Report of the Indian Hemp Drugs Commission, 1894-1895 - Volume V
Year: 1894
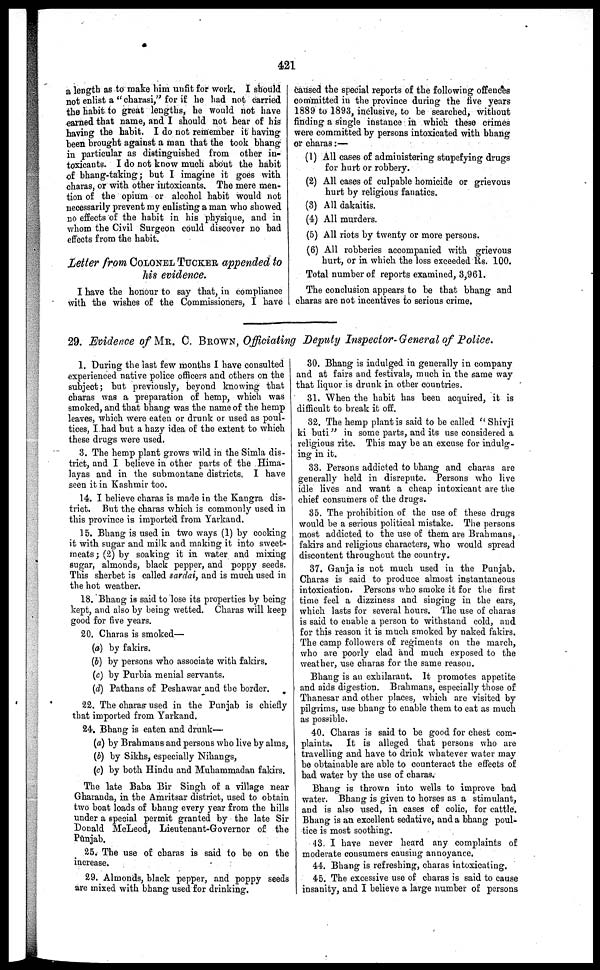
421
a length as to make him unfit for work. I should
not enlist a " charasi," for if he had not carried
the habit to great lengths, he would not have
earned that name, and I should not bear of his
having the habit. I do not remember it having
been brought against a man that the took bhang
in particular as distinguished from other in-
toxicants. I do not know much about the habit
of bhang-taking; but I imagine it goes with
charas, or with other intoxicants. The mere men-
tion of the opium or alcohol habit would not
necessarily prevent my enlisting a man who showed
no effects of the habit in his physique, and in
whom the Civil Surgeon could discover no bad
effects from the habit.
Letter from COLONEL TUCKER appended to
his evidence.
I have the honour to say that, in compliance
with the wishes of the Commissioners, I have
caused the special reports of the following offences
committed in the province during the five years
1889 to 1893, inclusive, to be searched, without
finding a single instance in which these crimes
were committed by persons intoxicated with bhang
or charas:—
(1) All cases of administering stupefying drugs
for hurt or robbery.
(2) All cases of culpable homicide or grievous
hurt by religious fanatics.
(3) All dakaitis.
(4) All murders.
(5) All riots by twenty or more persons.
(6) All robberies accompanied with grievous
hurt, or in which the loss exceeded lis. 100.
Total number of reports examined, 3,961.
The conclusion appears to be that bhang and
charas are not incentives to serious crime.
29. Evidence of MR. C. BROWN, Officiating Deputy Inspector-General of Police.
1. During the last few months 1 have consulted
experienced native police officers and others on the
subject; but previously, beyond knowing that
charas was a preparation of hemp, which was
smoked, and that bhang was the name of the hemp
leaves, which were eaten or drunk or used as poul-
tices, I had but a hazy idea of the extent to which
these drugs were used.
3. The hemp plant grows wild in the Simla dis-
trict, and I believe in other parts of the Hima-
layas and in the submontane districts. I have
seen it in Kashmir too.
14. I believe charas is made in the Kangra dis-
trict. But the charas which is commonly used in
this province is imported from Yarkand.
15. Bhang is used in two ways (1) by cooking
it with sugar and milk and making it into sweet-
meats ; (2) by soaking it in water and mixing
sugar, almonds, black pepper, and poppy seeds.
This sherbet is called sardai, and is much used in
the hot weather.
18. Bhang is said to lose its properties by being
kept, and also by being wetted. Charas will keep
good for five years.
20. Charas is smoked—
(a) by fakirs.
(b) by persons who associate with fakirs.
(c) by Purbia menial servants.
(d) Pathans of Peshawar and the border.
22. The charas used in the Punjab is chiefly
that imported from Yarkand.
24. Bhang is eaten and drunk—
(a) by Brahmans and persons who live by alms,
(b) by Sikhs, especially Nihangs,
(c) by both Hindu and Muhammadan fakirs.
The late Baba Bir Singh of a village near
Gharanda, in the Amritsar district, used to obtain
two boat loads of bhang every year from the hills
under a special permit granted by the late Sir
Donald McLeod, Lieutenant-Governor of the
Punjab.
25. The use of charas is said to be on the
increase.
29. Almonds, black pepper, and poppy seeds
are mixed with bhang used for drinking.
30. Bhang is indulged in generally in company
and at fairs and festivals, much in the same way
that liquor is drunk in other countries.
31. When the habit has been acquired, it is
difficult to break it off.
32. The hemp plant is said to be called " Shivji
ki buti" in some parts, and its use considered a
religious rite. This may be an excuse for indulg-
ing in it.
33. Persons addicted to bhang and charas are
generally held in disrepute. Persons who live
idle lives and want a cheap intoxicant are the
chief consumers of the drugs.
35. The prohibition of the use of these drugs
would be a serious political mistake. The persons
most addicted to the use of them are Brahmans,
fakirs and religious characters, who would spread
discontent throughout the country.
37. Ganja is not much used in the Punjab.
Charas is said to produce almost instantaneous
intoxication. Persons who smoke it for the first
time feel a dizziness and singing in the ears,
which lasts for several hours. The use of charas
is said to enable a person to withstand cold, and
for this reason it is much smoked by naked fakirs.
The camp followers of regiments on the march,
who are poorly clad and much exposed to the
weather, use charas for the same reason.
Bhang is an exhilarant. It promotes appetite
and aids digestion. Brahmans, especially those of
Thanesar and other places, which are visited by
pilgrims, use bhang to enable them to eat as much
as possible.
40. Charas is said to be good for chest com-
plaints.
It is alleged that persons who are
travelling and have to drink whatever water may
be obtainable are able to counteract the effects of
bad water by the use of charas.
Bhang is thrown into wells to improve bad
water. Bhang is given to horses as a stimulant,
and is also used, in cases of colic, for cattle.
Bhang is an excellent sedative, and a bhang poul-
tice is most soothing.
43. I have never heard any complaints of
moderate consumers causing annoyance.
44. Bhang is refreshing, charas intoxicating.
45. The excessive use of charas is said to cause
insanity, and I believe a large number of persons